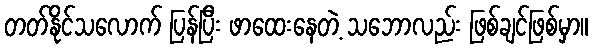
တတ်နိုင်သလောက် ပြန်ပြီး ဖာထေးနေတဲ့ သဘောလည်း ဖြစ်ချင်ဖြစ်မှာ။